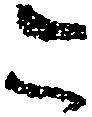
こ